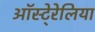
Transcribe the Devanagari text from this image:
ऑस्टे्रेलिया